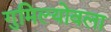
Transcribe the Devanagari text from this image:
गुमिल्योवला